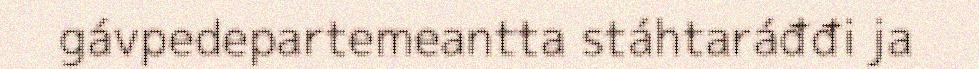
gávpedepartemeantta stáhtaráđđi ja